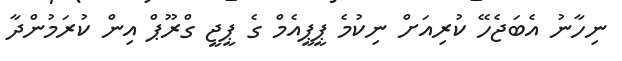
ނިހާނު އެބަޖެހޭ ކުރިއަށް ނިކުމެ ޕީޕީއެމް ގެ ޕީޖީ ގްރޫޕް އިން ކުރަމުންދާ